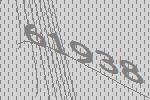
61938